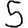
Digit: 5